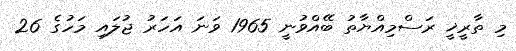
މި ތާރީޚީ ރަސްމިއްޔާތު ބޭއްވުނީ 1965 ވަނަ އަހަރު ޖުލައި މަހުގެ 26